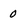
Character: 0